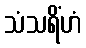
သံသရိံဟံ